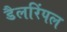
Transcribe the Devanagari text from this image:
डैलरिंपल